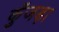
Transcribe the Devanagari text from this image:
कुँजड़ा